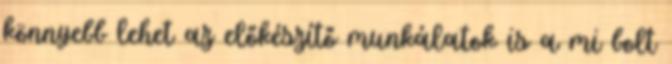
könnyebb lehet az előkészítő munkálatok is a mi bolt